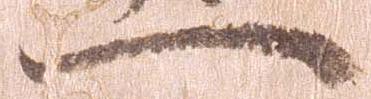
一